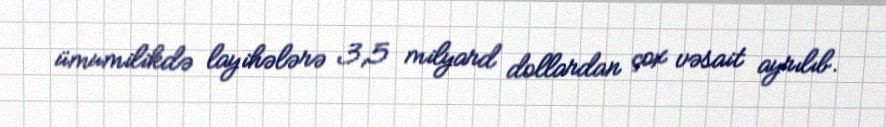
ümumilikdə layihələrə 3,5 milyard dollardan çox vəsait ayrılıb.